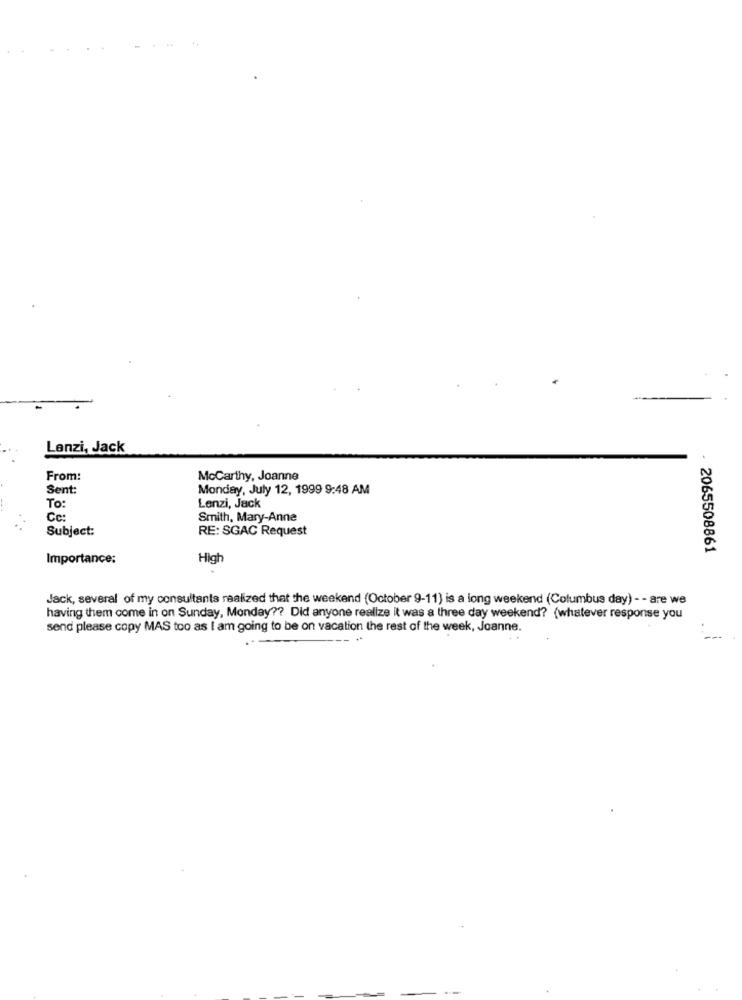
Lanzi, Jack
From:
Mccarthy, Joanne
Sent:
Monday, July 12, 1999 9:48 AM
To:
Lenzi, Jack
Cc:
Smith, Mary-Anne
Subject:
RE: SGAC Request
- 2065508861
Importance:
High
Jack, several of my consultants realized that the weekend (October 9-11) is a long weekend (Columbus day) - - are we
having them come in on Sunday, Monday ?? Did anyone realize it was a three day weekend? (whatever response you
send please copy MAS too as I am going to be on vacation the rest of the week, Joanne.